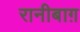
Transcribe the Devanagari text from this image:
रानीबाग़